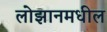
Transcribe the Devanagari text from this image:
लोझानमधील